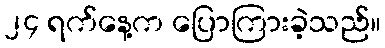
၂၄ ရက်နေ့က ပြောကြားခဲ့သည်။